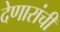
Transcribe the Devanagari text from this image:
देणारांची